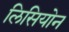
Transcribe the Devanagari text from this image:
लिसियोन